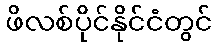
ဖိလစ်ပိုင်နိုင်ငံတွင်